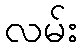
လမ်း